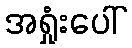
အရှုံးပေါ်